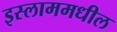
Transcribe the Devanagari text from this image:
इस्लाममधील